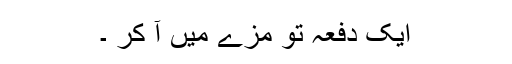
ایک دفعہ تو مزے میں آ کر ۔